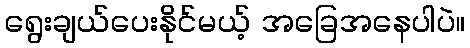
ရွေးချယ်ပေးနိုင်မယ့် အခြေအနေပါပဲ။